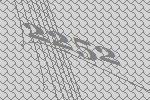
2252